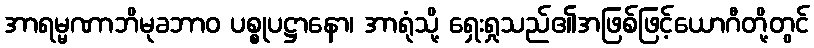
အာရမ္မဏာဘိမုခဘာဝ ပစ္စုပဋ္ဌာနော၊ အာရုံသို့ ရှေးရှုသည်၏အဖြစ်ဖြင့်ယောဂီတို့တွင်